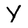
Character: Y